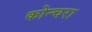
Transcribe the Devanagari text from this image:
कोन्चरा